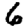
Digit: 6